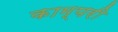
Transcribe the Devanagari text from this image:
काम्परी